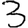
Digit: 3